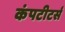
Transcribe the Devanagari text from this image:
कंपटीटर्स